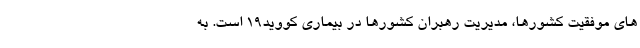
های موفقیت کشورها، مدیریت رهبران کشورها در بیماری کووید۱۹ است. به